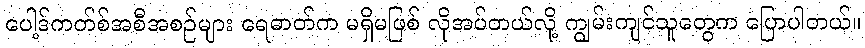
ပေါ့ဒ်ကတ်စ်အစီအစဉ်များ ရေဓာတ်က မရှိမဖြစ် လိုအပ်တယ်လို့ ကျွမ်းကျင်သူတွေက ပြောပါတယ်။